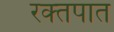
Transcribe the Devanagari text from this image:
रक्‍तपात